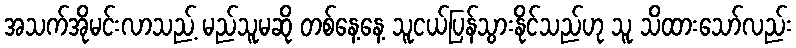
အသက်အိုမင်းလာသည့် မည်သူမဆို တစ်နေ့နေ့ သူငယ်ပြန်သွားနိုင်သည်ဟု သူ သိထားသော်လည်း